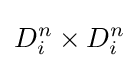
D_{i}^{n}\times D_{i}^{n}